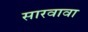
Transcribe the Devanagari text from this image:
सारवावा